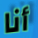
أنا